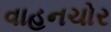
વાહનચોર